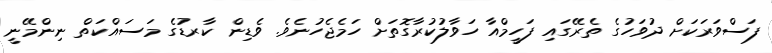
ފަސްވަރަކަށް ދުވަހުގެ ތެރޭގައި ފަހީމްއާ ހަވާލުކުރާގޮތަށް ހަމެޖެހުނެވެ. ވެޑިން ކާރޑުގެ މަސައްކަތް ނިންމޭނީ